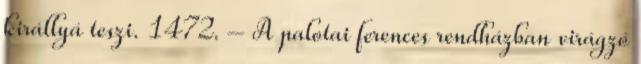
királlyá teszi. 1472. – A palotai ferences rendházban virágzó